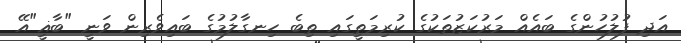
އަދި ފުލުހުންގެ ބައެއް މަރުކަޒުތަކުގެ ކުރިމަތީގައި ތިބެ ހިނގާލުމުގެ ބައިވެރިން ވަނީ "ބާޣީ"އޭ